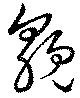
貌